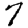
Digit: 7